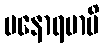
မနောရမာပိ